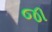
જા